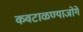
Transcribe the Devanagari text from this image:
कवटाळण्याजोगे